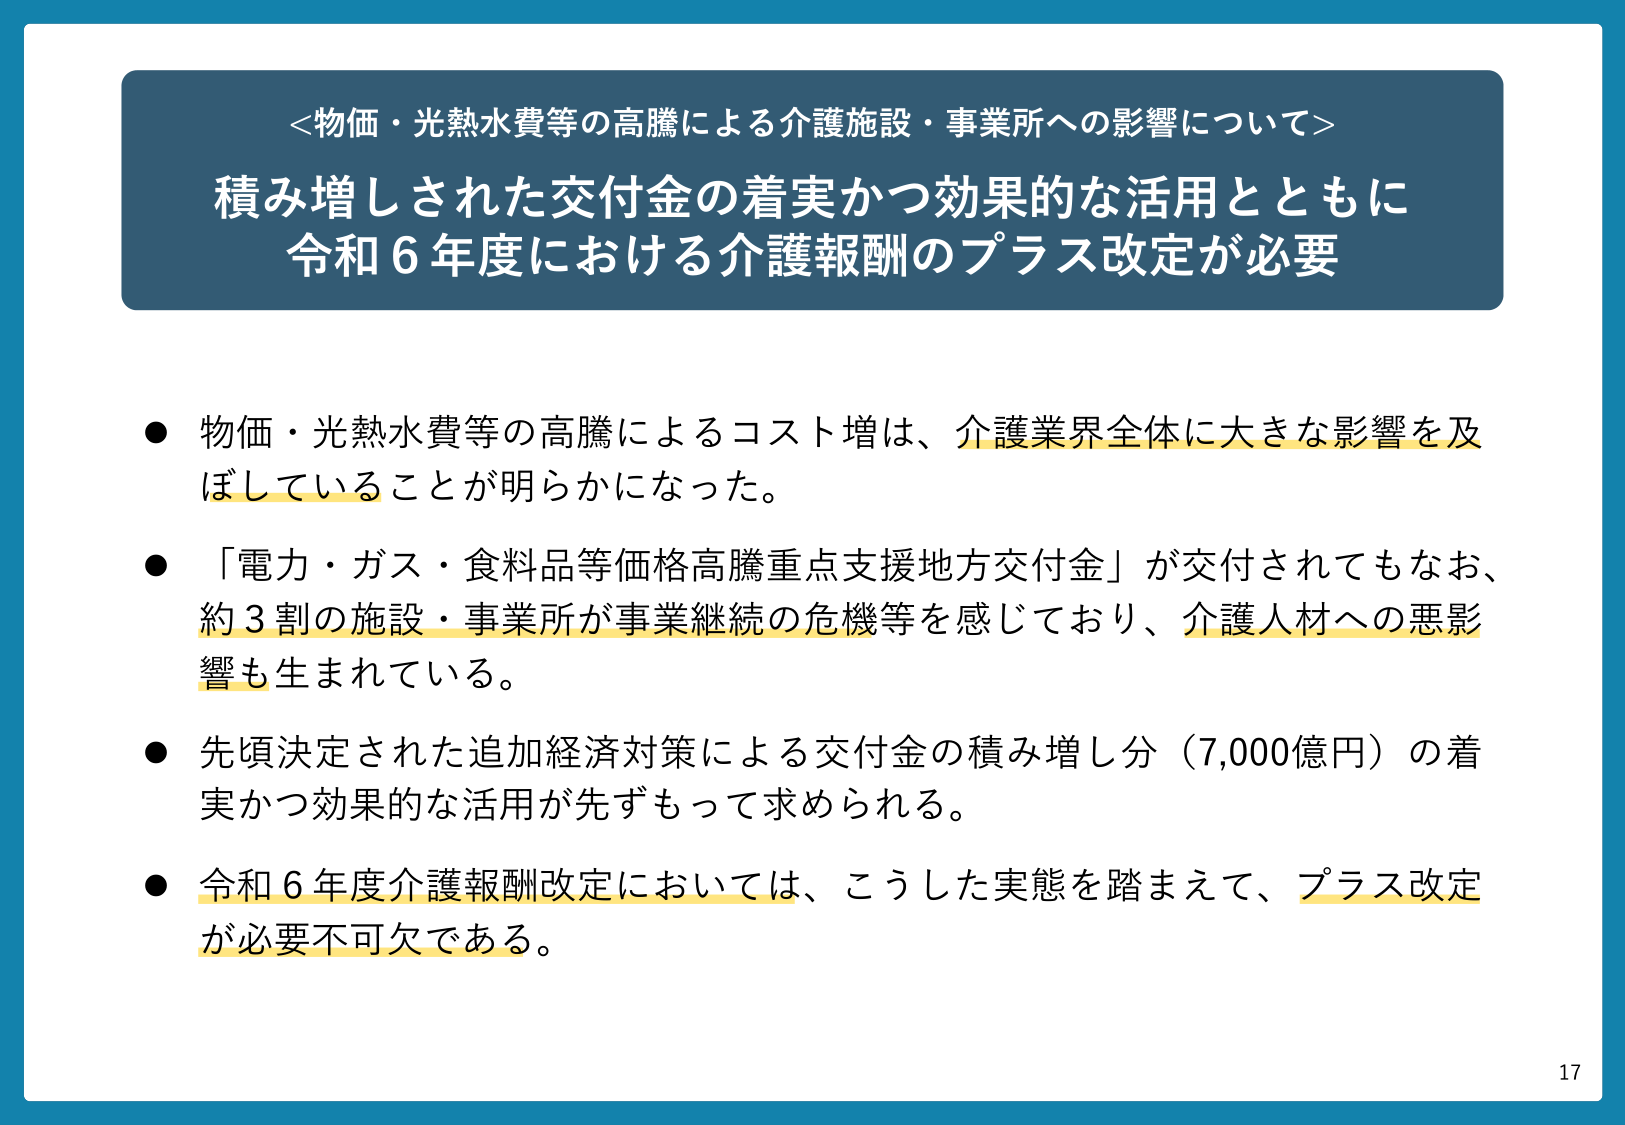
＜物価・光熱水費等の高騰による介護施設・事業所への影響について＞
積み増しされた交付金の着実かつ効果的な活用とともに
令和６年度における介護報酬のプラス改定が必要

● 物価・光熱水費等の高騰によるコスト増は、介護業界全体に大きな影響を及ぼしていることが明らかになった。
● 「電力・ガス・食料品等価格高騰重点支援地方交付金」が交付されてもなお、約３割の施設・事業所が事業継続の危機等を感じており、介護人材への悪影響も生まれている。
● 先頃決定された追加経済対策による交付金の積み増し分（7,000億円）の着実かつ効果的な活用が先ずもって求められる。
● 令和６年度介護報酬改定においては、こうした実態を踏まえて、プラス改定が必要不可欠である。

17